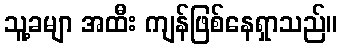
သူ့ခမျာ အထီး ကျန်ဖြစ်နေရှာသည်။